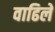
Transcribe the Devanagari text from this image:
वाढिले